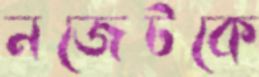
নজেটকে